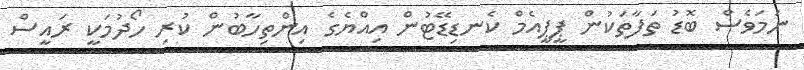
ނަމަވެސް ބޮޑު ތަފާތަކުން ޕީޕީއެމް ކެނޑިޑޭޓުން އިއްޔެގެ އިންތިހާބުން ކުރި ހޯދުމަކީ ރައީސް